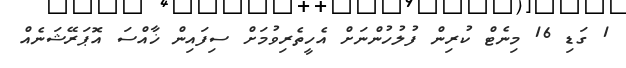
1 ގަޑި 16 މިނެޓް ކުރިން ފުލުހުންނަށް އެހީތެރިވުމަށް ސިފައިން ޚާއްސަ އޮޕަރޭޝަނެއް